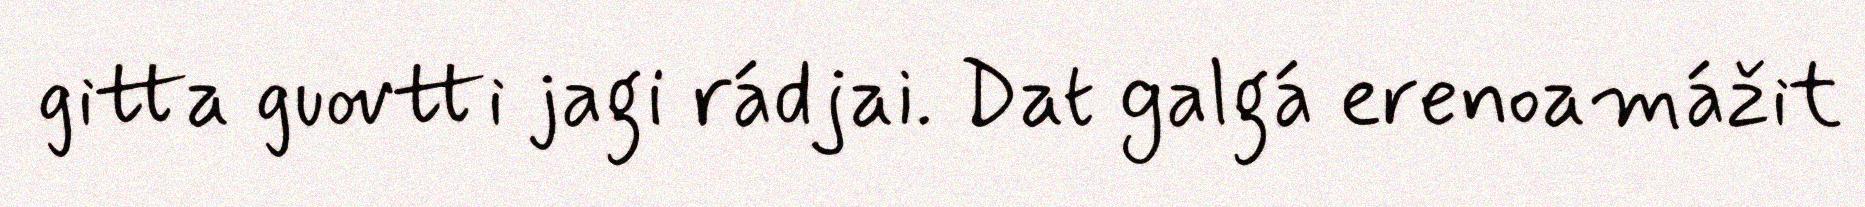
gitta guovtti jagi rádjai. Dat galgá erenoamážit